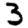
Digit: 3